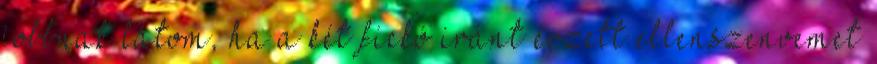
jobbnak látom, ha a két fickó iránt érzett ellenszenvemet